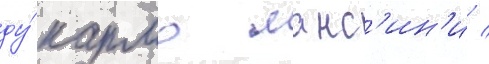
ду́ кармо манс'ин'и /